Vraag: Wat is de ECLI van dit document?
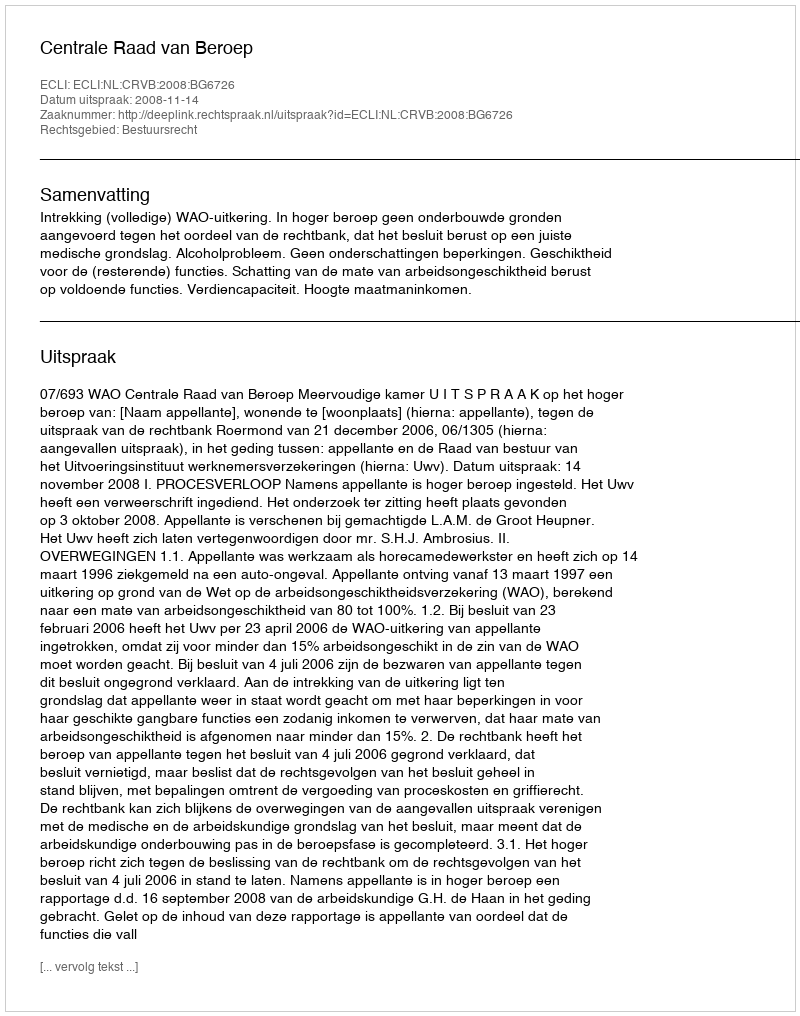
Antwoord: ECLI:NL:CRVB:2008:BG6726